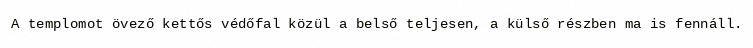
A templomot övező kettős védőfal közül a belső teljesen, a külső részben ma is fennáll.